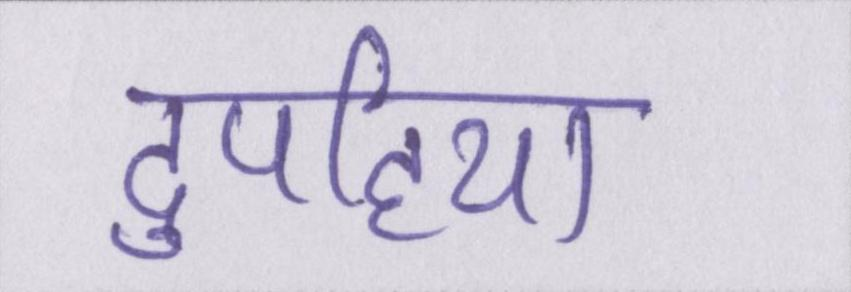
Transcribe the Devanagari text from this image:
दुपहिया